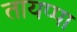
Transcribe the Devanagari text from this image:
तायप्पा